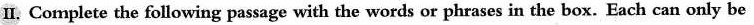
II. Complete the following passage with the words or phrases in the box. Each can only be